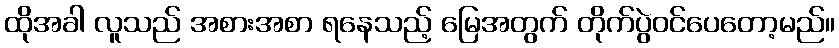
ထိုအခါ လူသည် အစားအစာ ရနေသည့် မြေအတွက် တိုက်ပွဲဝင်ပေတော့မည်။